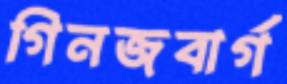
গিনজবার্গ